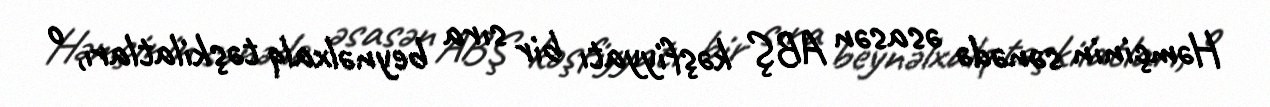
Həmçinin sənədə əsasən ABŞ kəşfiyyatı bir sıra beynəlxalq təşkilatları, o